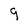
Character: 9